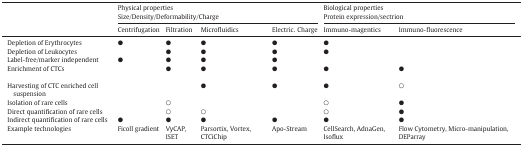
<table><thead><tr><td rowspan="3"></td><td colspan="4"><b>Physical properties</b></td><td colspan="2"><b>Biological properties</b></td></tr><tr><td colspan="4"><b>Size/Density/Deformability/Charge</b></td><td colspan="2"><b>Protein expression/sectrion</b></td></tr><tr><td><b>Centrifugation</b></td><td><b>Filtration</b></td><td><b>Microfluidics</b></td><td><b>Electric. Charge</b></td><td><b>Immuno-magentics</b></td><td><b>Immuno-fluorescence</b></td></tr></thead><tbody><tr><td>Depletion of Erythrocytes</td><td>●</td><td>●</td><td>●</td><td>●</td><td>●</td><td></td></tr><tr><td>Depletion of Leukocytes</td><td></td><td>●</td><td>●</td><td>●</td><td>●</td><td></td></tr><tr><td>Label-free/marker independent</td><td>●</td><td>●</td><td>●</td><td>●</td><td></td><td></td></tr><tr><td>Enrichment of CTCs</td><td></td><td>●</td><td>●</td><td>●</td><td>●</td><td>●</td></tr><tr><td>Harvesting of CTC enriched cell suspension</td><td></td><td></td><td>●</td><td>●</td><td>●</td><td>○</td></tr><tr><td>Isolation of rare cells</td><td></td><td>○</td><td></td><td></td><td>○</td><td>●</td></tr><tr><td>Direct quantification of rare cells</td><td></td><td>○</td><td>○</td><td></td><td>○</td><td>●</td></tr><tr><td>Indirect quantification of rare cells</td><td>●</td><td>●</td><td>●</td><td>●</td><td>●</td><td>●</td></tr><tr><td>Example technologies</td><td>Ficoll gradient</td><td>VyCAP, ISET</td><td>Parsortix, Vortex, CTCiChip</td><td>Apo-Stream</td><td>CellSearch, AdnaGen, Isoflux</td><td>Flow Cytometry, Micro-manipulation, DEParray</td></tr></tbody></table>